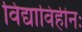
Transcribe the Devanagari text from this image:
विद्याविहीनः